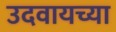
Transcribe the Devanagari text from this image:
उदवायच्या